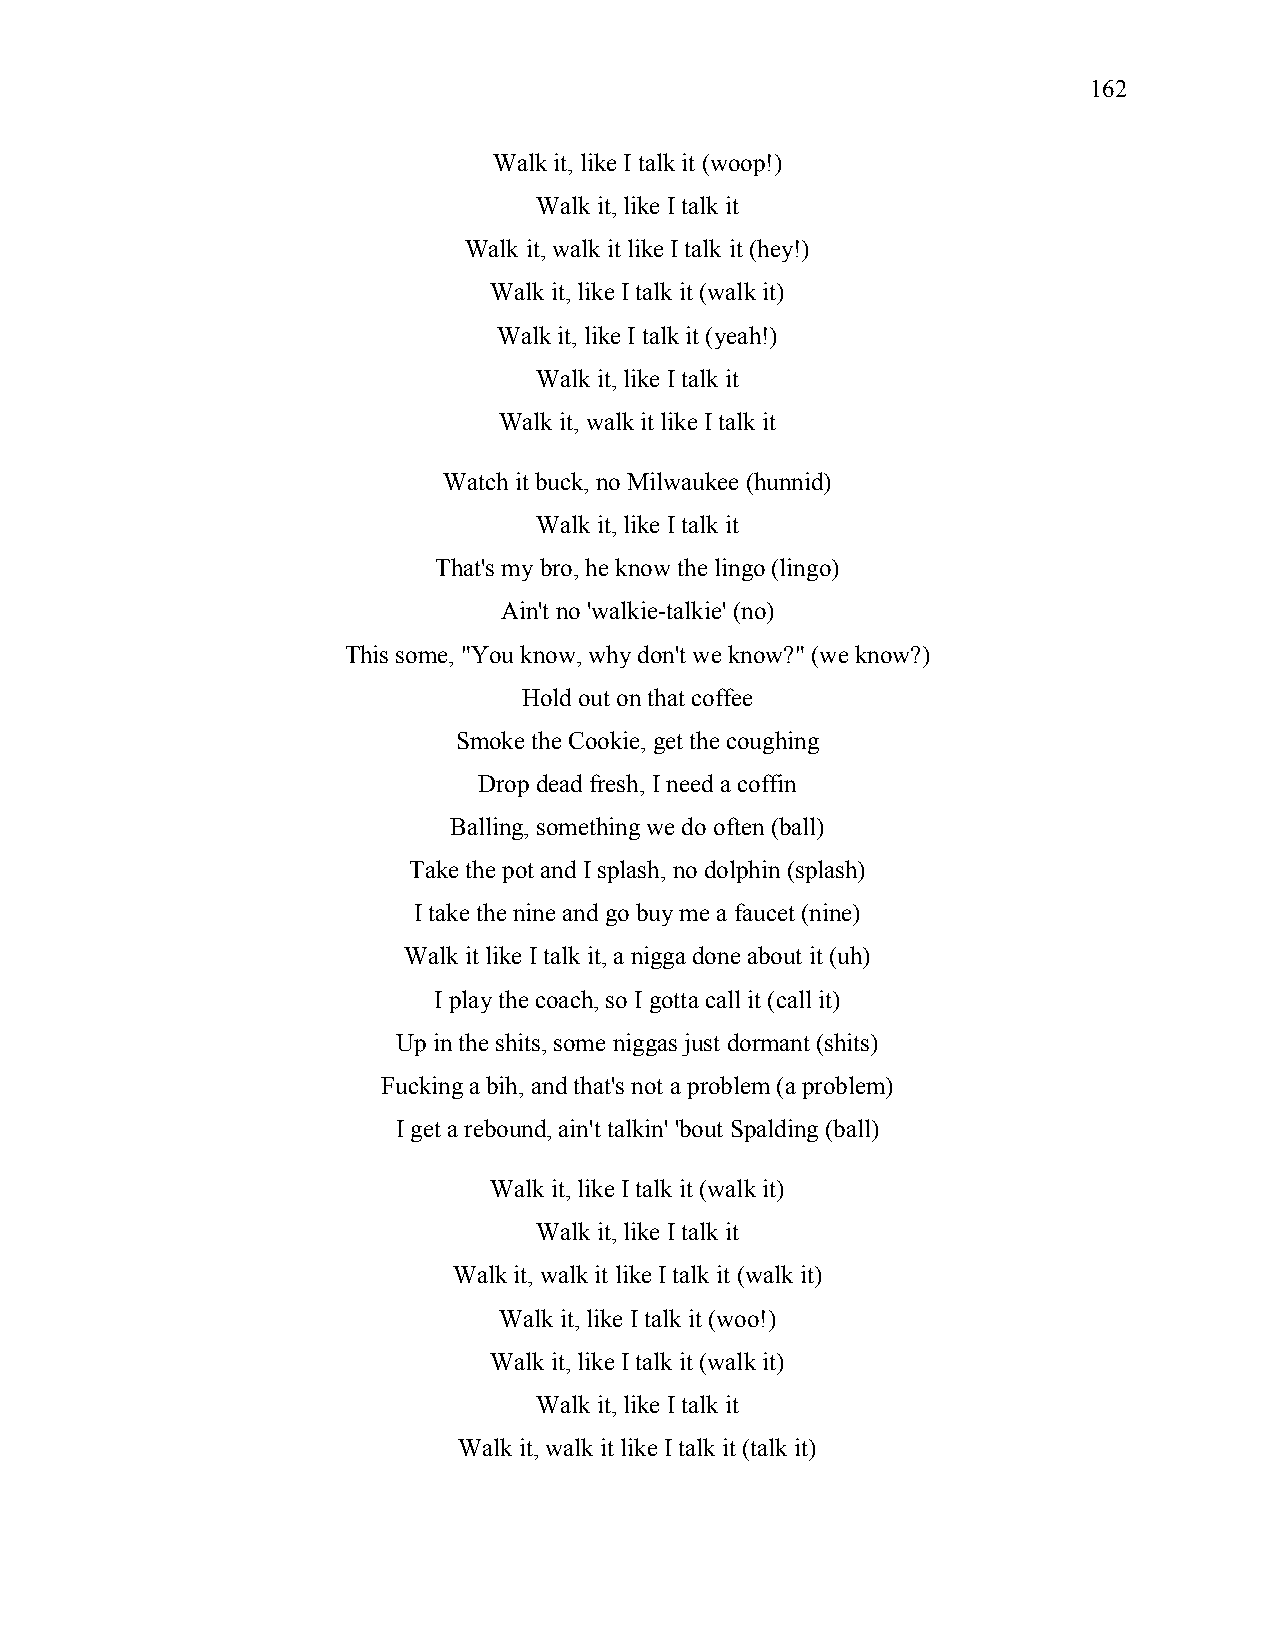
162
 Walk it, like I talk it (woop!)
 Walk it, like I talk it
 Walk it, walk it like I talk it (hey!)
 Walk it, like I talk it (walk it)
 Walk it, like I talk it (yeah!)
 Walk it, like I talk it
 Walk it, walk it like I talk it
 Watch it buck, no Milwaukee (hunnid)
 Walk it, like I talk it
 That's my bro, he know the lingo (lingo)
 Ain't no 'walkie-talkie' (no)
 This some, "You know, why don't we know?" (we know?)
 Hold out on that coffee
 Smoke the Cookie, get the coughing
 Drop dead fresh, I need a coffin
 Balling, something we do often (ball)
 Take the pot and I splash, no dolphin (splash)
 I take the nine and go buy me a faucet (nine)
 Walk it like I talk it, a nigga done about it (uh)
 I play the coach, so I gotta call it (call it)
 Up in the shits, some niggas just dormant (shits)
 Fucking a bih, and that's not a problem (a problem)
 I get a rebound, ain't talkin' 'bout Spalding (ball)
 Walk it, like I talk it (walk it)
 Walk it, like I talk it
 Walk it, walk it like I talk it (walk it)
 Walk it, like I talk it (woo!)
 Walk it, like I talk it (walk it)
 Walk it, like I talk it
 Walk it, walk it like I talk it (talk it)